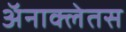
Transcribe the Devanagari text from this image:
अॅनाक्लेतस